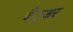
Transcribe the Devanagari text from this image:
बैंकुअर